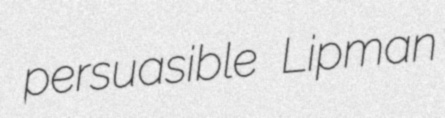
persuasible Lipman